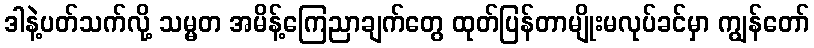
ဒါနဲ့ပတ်သက်လို့ သမ္မတ အမိန့်ကြေညာချက်တွေ ထုတ်ပြန်တာမျိုးမလုပ်ခင်မှာ ကျွန်တော်